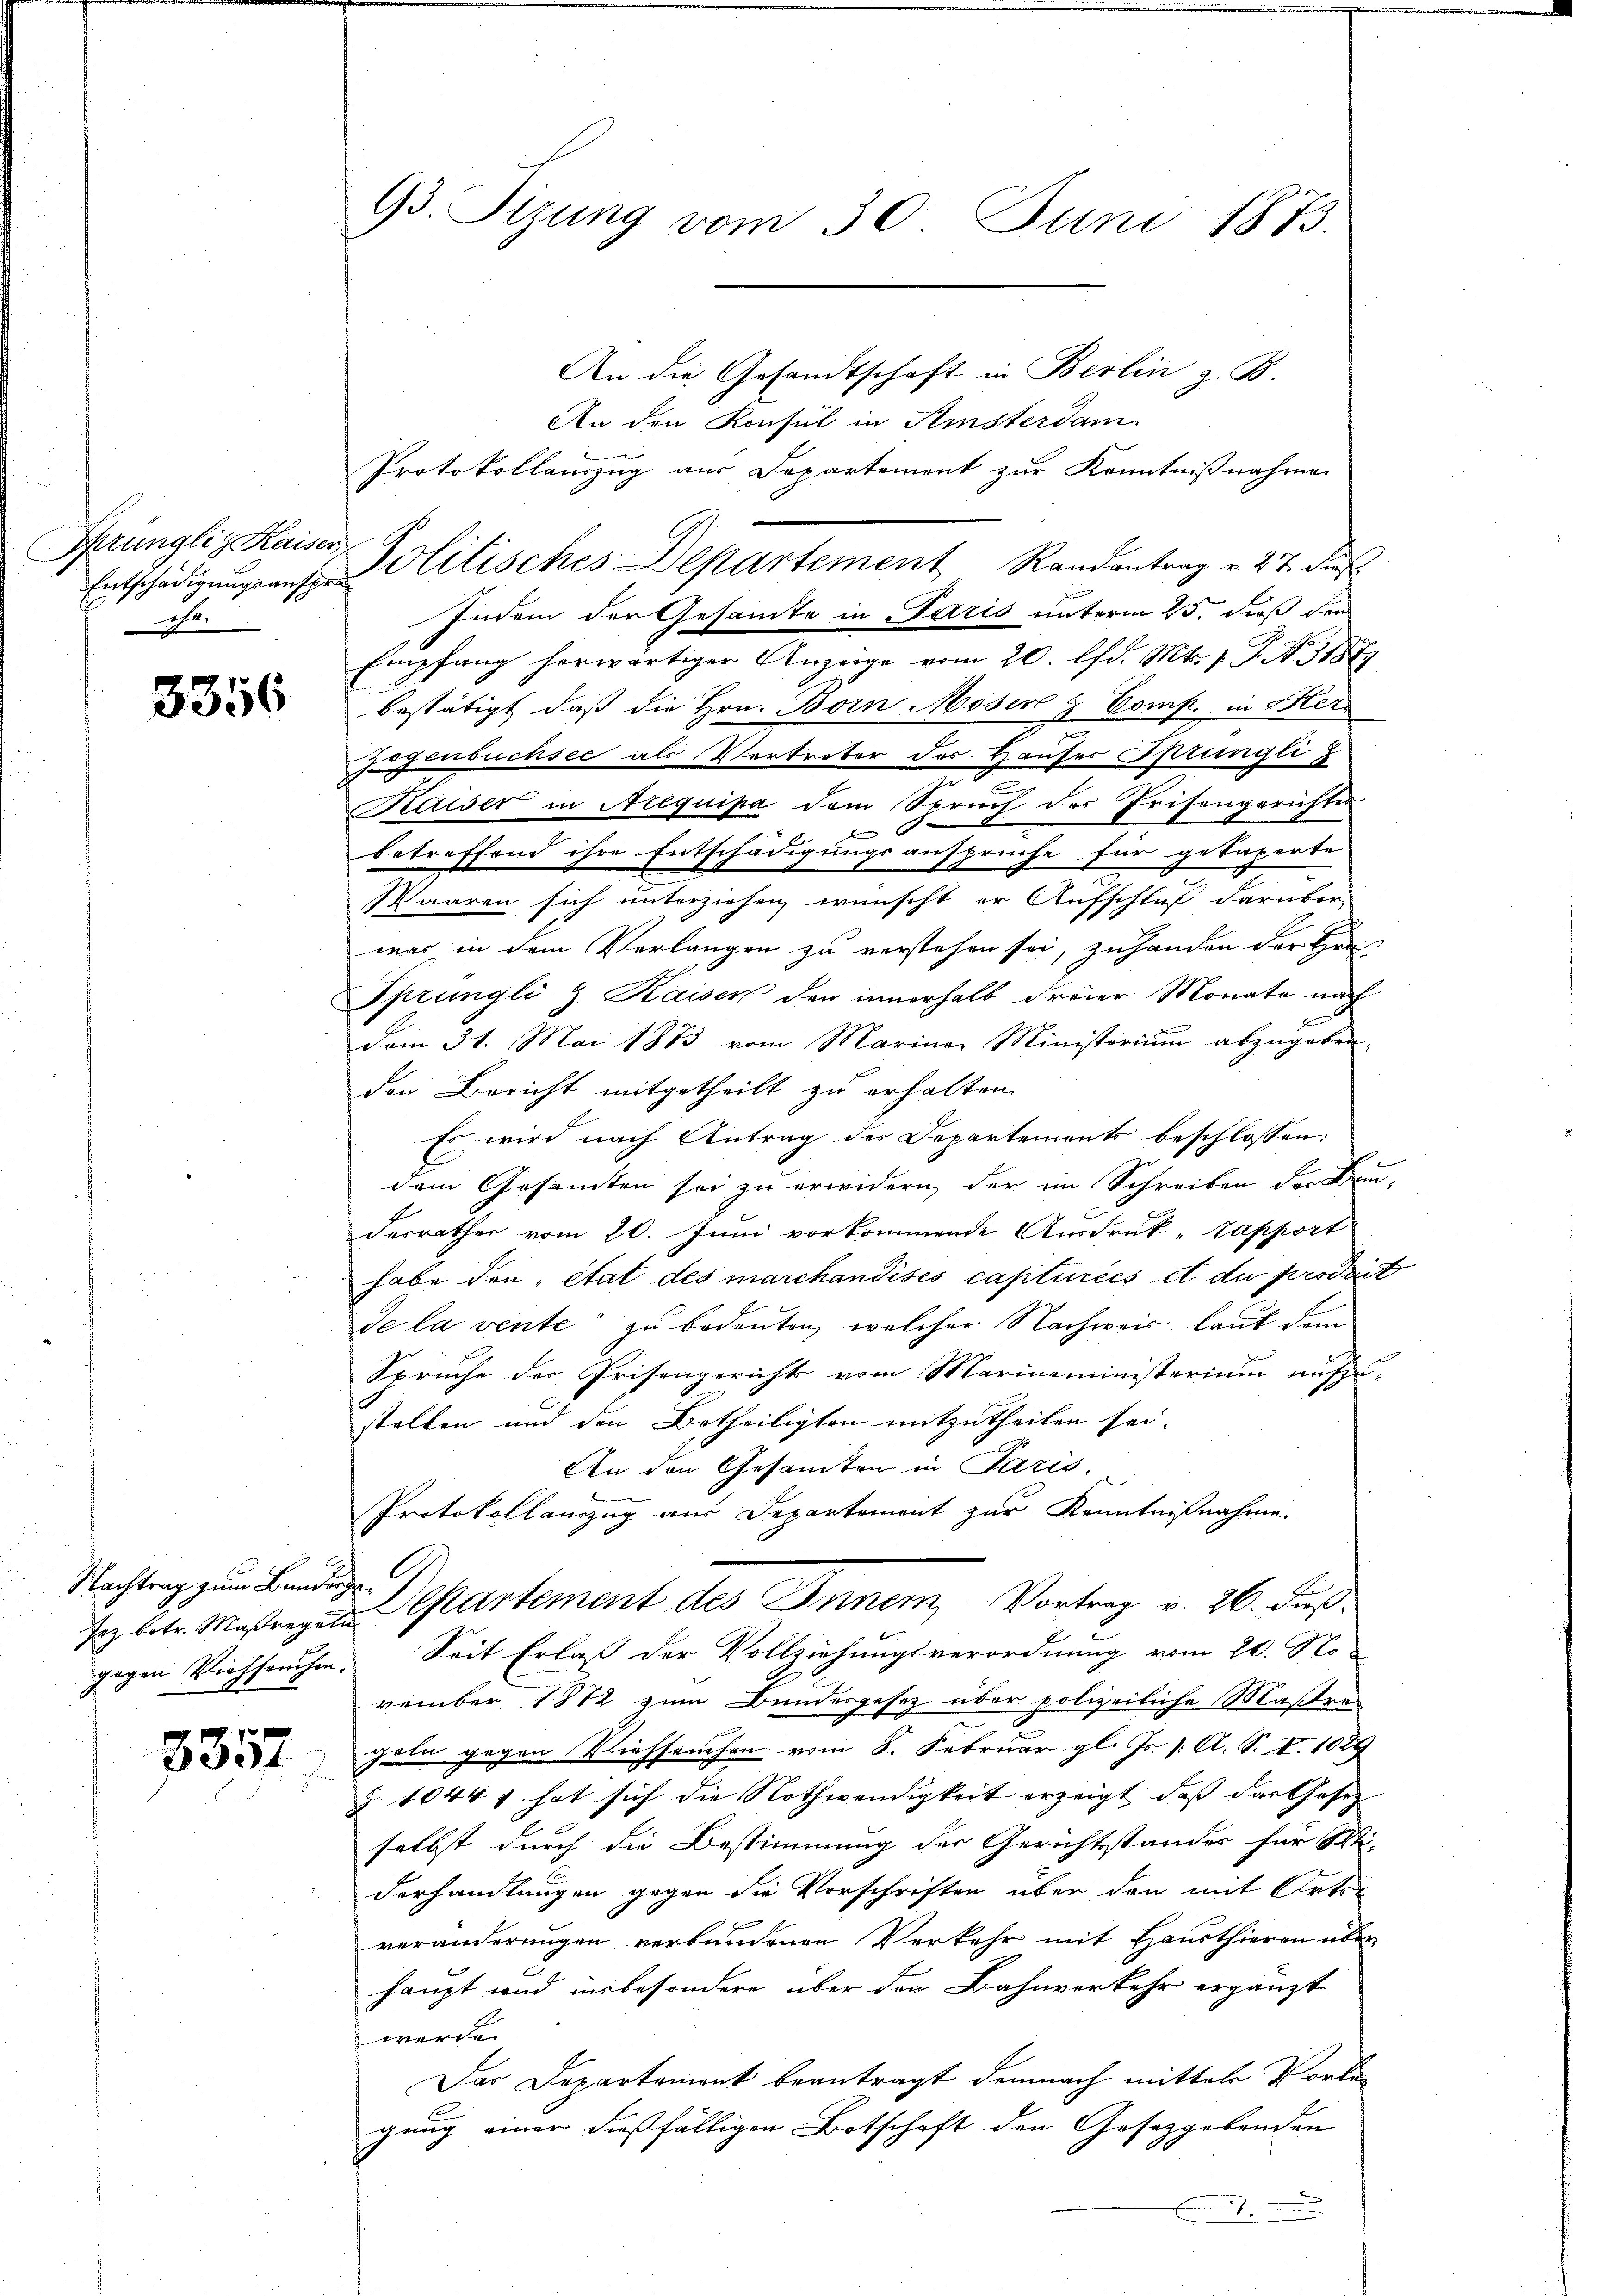
Sprüngliz Kaiser.
Entschädigungsansp.
he

3356

Nachtrag zum Bundeige
gegen Viehfruchen.

3357

.

93. Sizung vom 30. Juni 1873.

An die Gesandtschaft in Berlin z. B.
An den Konsul in Amsterdam
Protokollauszug aus Departement zur Kenntnißnahmen
Indem der Gesamte in Paris unterm 25. dieß den
Empfang herwärtiger Anzeige vom 20. lfd. Mts. 1. P. N. 31877
bestätigt, daß die Hrn. Born Möser & Comp. in Her-
zogenbuchsee als Vertreter des Hauser Sprüngli
n
Kaiser in Arequipa dem Spruch des Prisengerichter
F
betreffend ihre Entschädigungsansprüche für getaperte
Waaren sich unterziehen wünscht er Aufschluß darüber
war in dem Verlangen zu verstehen sei, zu handen der Br
Sprüngli z. Kaisen der innerhalb dreier Monate nach
dem 31. Mai 1873 vom Mariner Ministerium abzugeben.
den Bericht mitgetheilt zu erhalten.
Es wird nach Antrag des Departements beschlossen:
dem Gesamten sei zu erwidern, der im Schreiben der Baudesrathes vom 20. Juni vorkommende Ausdruck „Tapport
habe den état des marchandises captirées et du produit
de la vente zu bedeuten, welcher Nachweis laut dem
Spruche der Prisengerichts vom Marinaministerium aufzustalten und den Betheiligten mitzutheilen sei.
An den Gesamten in Paris,
Protokollauszug aus Departement zur Kenntnißnahme.
A
sez betr. Maßregen partement des Inner, Vortrag v. 26. dieß.
Seit Erlaß der Vollziehungsverordnung vom 20. No
vember 1872 zum Bundesgesetz über polizeiliche Maßre
geln gegen Viehseuchen vom 8. Februar gl. Js. /: A. S. I. 1029
§ 1044 1 hat sich die Nothwendigkeit erzeigt, daß das Gesetz-
selbst durch die Bestimmung der Gerichtstandes für Sti-
derhandlungen gegen die Vorschriften über den mit Ortsveränderungen verbundenen Verkehr mit Hausthieren über
haupt und insbesondere über den Bahnverkehr ergänzt
werde.
Das Departement beantragt demnach mittel Vorlegung einer dießfälligen Botschaft den Gesetzgebenden
.

Politisches Departement Randantrag v. 27. dies